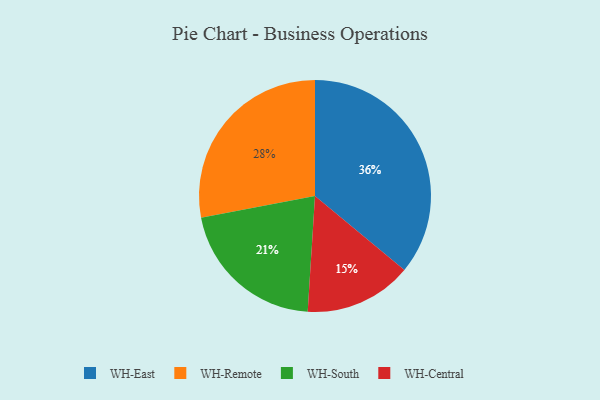
{"axis": {"x": "Category", "y": "Percentage"}, "legend": ["WH-Central", "WH-East", "WH-Remote", "WH-South"], "data": [{"x": "WH-South", "y": 21, "type": "WH-South"}, {"x": "WH-East", "y": 36, "type": "WH-East"}, {"x": "WH-Remote", "y": 28, "type": "WH-Remote"}, {"x": "WH-Central", "y": 15, "type": "WH-Central"}]}